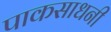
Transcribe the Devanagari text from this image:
पाकसाधनी